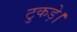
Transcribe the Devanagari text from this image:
टुकड़े।